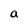
Character: a